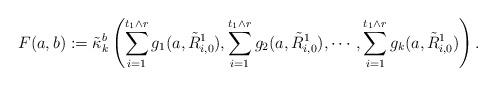
LaTeX: \begin{align*}F(a,b):=\tilde{\kappa}_k^b\left(\sum_{i=1}^{t_1\wedge r}g_1(a,\tilde{R}_{i,0}^1),\sum_{i=1}^{t_1\wedge r}g_2(a,\tilde{R}_{i,0}^1),\cdots,\sum_{i=1}^{t_1\wedge r}g_k(a,\tilde{R}_{i,0}^1) \right).\end{align*}